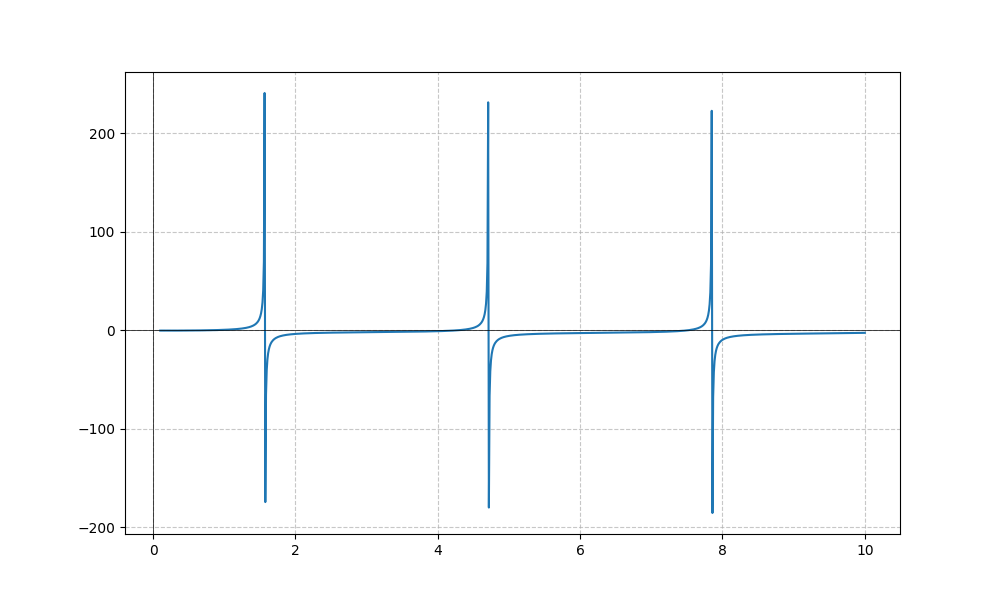
LaTeX formula: - \sqrt{x} + \tan{\left(x \right)}